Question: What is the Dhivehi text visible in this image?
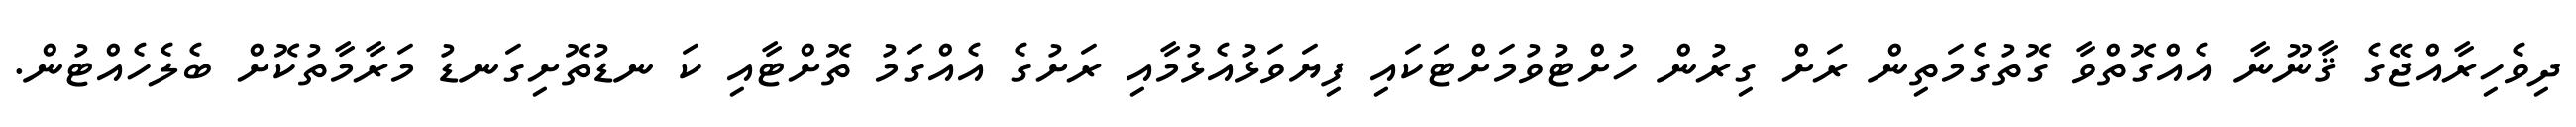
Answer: ދިވެހިރާއްޖޭގެ ޤާނޫނާ އެއްގޮތްވާ ގޮތުގެމަތިން ރަށް ގިރުން ހުށްޓުވުމަށްޓަކައި ފިޔަވަޅުއެޅުމާއި ރަށުގެ އެއްގަމު ތޮށްޓާއި ކަ ނޑުތޮށިގަނޑު މަރާމާތުކޮށް ބެލެހެއްޓުން.